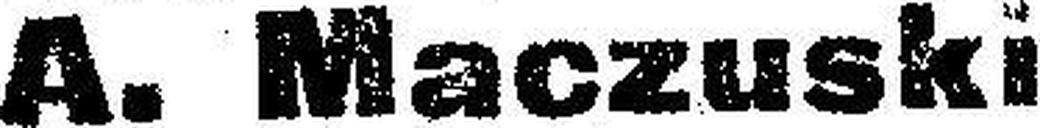
A. Maczuski